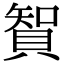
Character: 䝷